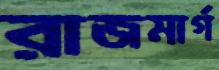
রাজমার্গ